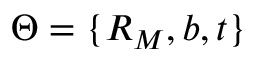
\Theta = \{ R _ { M } , b , t \}